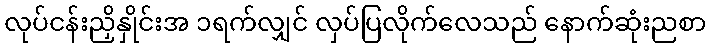
လုပ်ငန်းညှိနှိုင်းအ ၁ရက်လျှင် လှပ်ပြလိုက်လေသည် နောက်ဆုံးညစာ